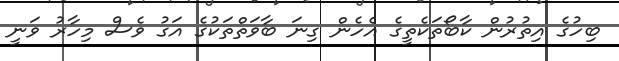
ބިހުގެ އިތުރުން ކާބޯތަކެތީގެ އެހެން ގިނަ ބާވަތްތަކުގެ އަގު ވެސް މިހާރު ވަނީ